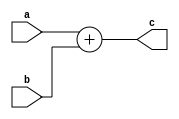
module alu(c,a,b);

    output [31:0] c;
    input [31:0] a;
    input [31:0] b;

    assign c = a + b;

endmodule